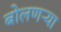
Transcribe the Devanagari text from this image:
बोलणऱ्या